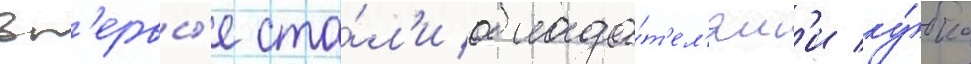
вп'ервы́е ста́л'и облада́т'ел'ям'и ку́бка